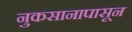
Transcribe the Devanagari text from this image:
नुकसानापासून